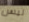
ليس